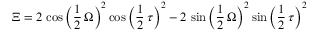
\Xi = 2 \, \cos \left( \frac { 1 } { 2 } \, { \Omega } \right) ^ { 2 } \cos \left( \frac { 1 } { 2 } \, { \tau } \right) ^ { 2 } - 2 \, \sin \left( \frac { 1 } { 2 } \, { \Omega } \right) ^ { 2 } \sin \left( \frac { 1 } { 2 } \, { \tau } \right) ^ { 2 }